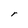
Character: r